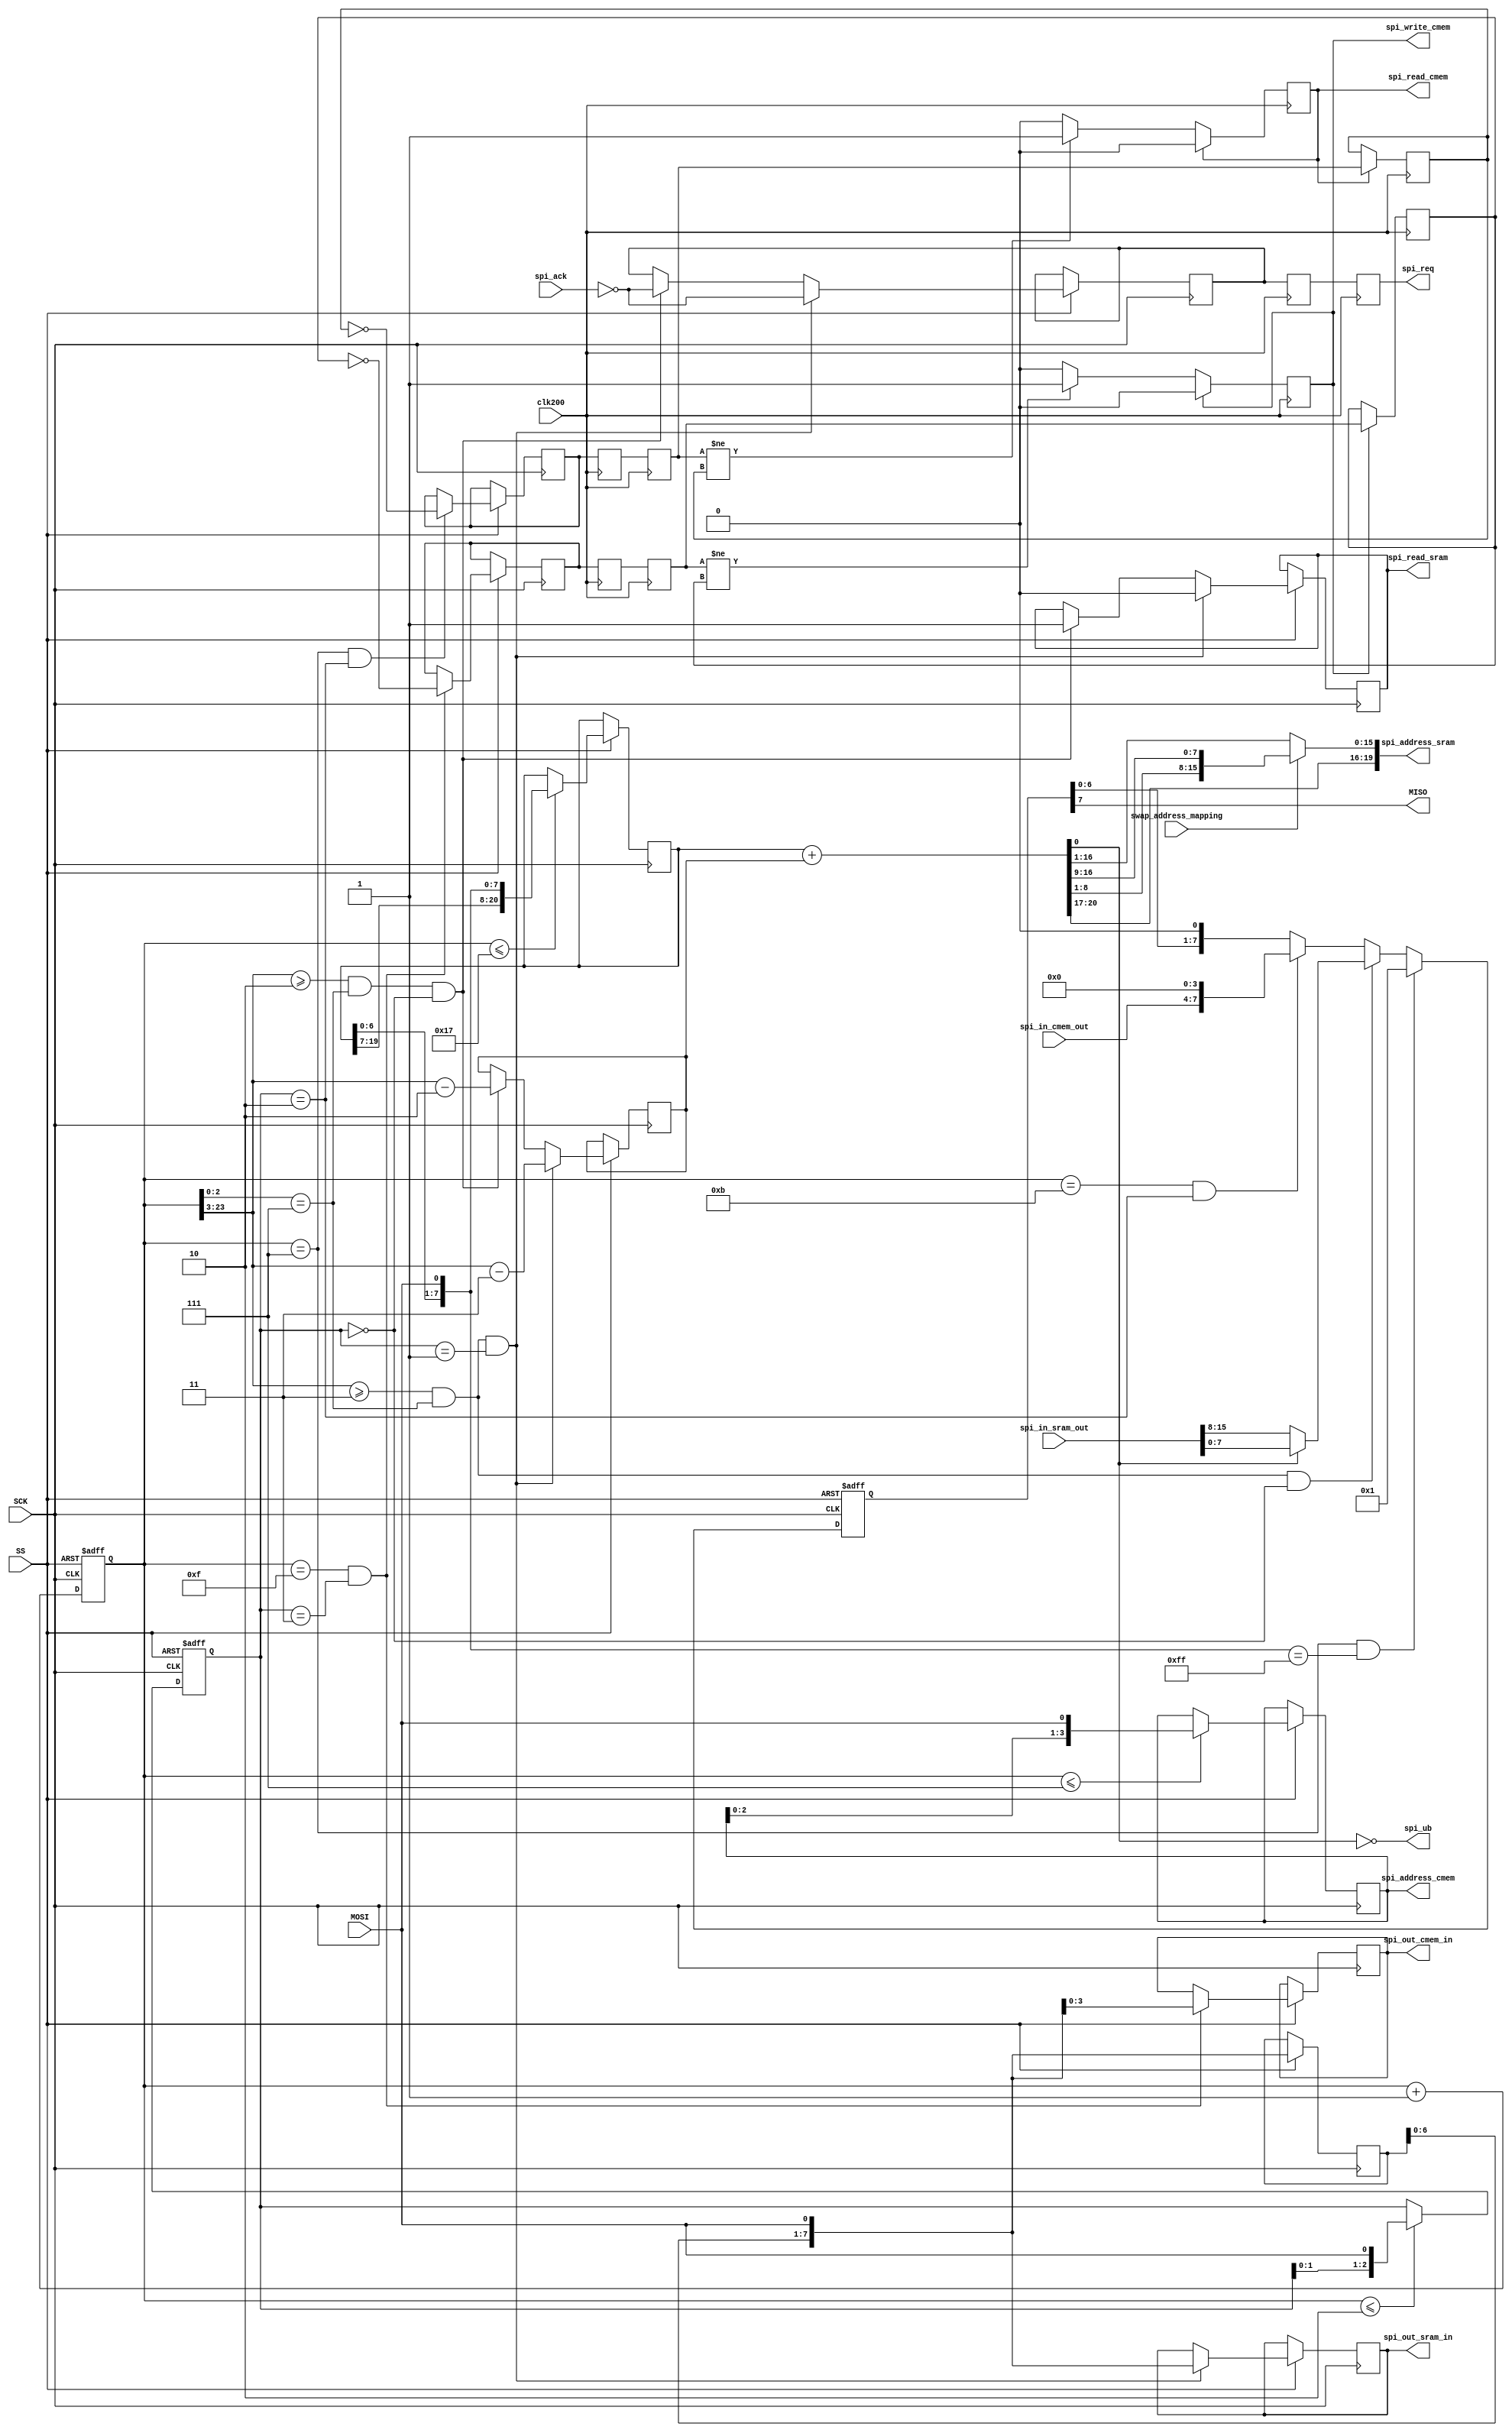
module spi_controller(
    input               clk200,

    input               SCK,
    input               SS,
    input               MOSI,
    output              MISO,

    output reg          spi_read_cmem,
    output reg          spi_write_cmem,
    output reg  [3:0]   spi_address_cmem,
    output reg  [3:0]   spi_out_cmem_in,
    input       [3:0]   spi_in_cmem_out,

    output reg          spi_req,
    input               spi_ack,
    output reg          spi_read_sram,

    output reg  [19:0]  spi_address_sram,

    output reg          spi_ub,
    output reg  [7:0]   spi_out_sram_in,
    input       [15:0]  spi_in_sram_out,

    input               swap_address_mapping
    );

    /*
    Commands:
    READ_SRAM   000aaaaa aaaaaaaa aaaaaaaa -------- oooooooo ...
    WRITE_SRAM  001aaaaa aaaaaaaa aaaaaaaa iiiiiiii ...
    READ_CMEM   010-aaaa ----oooo
    WRITE_CMEM  011-aaaa 0000iiii
    PROTO_VER   11111111 00000001
    */

    localparam READ_SRAM  = 3'd0;
    localparam WRITE_SRAM = 3'd1;
    localparam READ_CMEM  = 3'd2;
    localparam WRITE_CMEM = 3'd3;
    localparam PROTO_VER  = 8'd255;

    reg [23:0] counter;
    wire [20:0] byte_cnt = counter[23:3];
    wire [2:0] bit_cnt = counter[2:0];

    reg [2:0] cmd;

    reg [7:0] data_shift_in;

    reg [20:0] sram_address;
    reg [20:0] sram_offset = 21'd0;

    reg read_cmem_req = 1'b0;
    reg read_cmem_ack = 1'b0;

    reg write_cmem_req = 1'b0;
    reg write_cmem_ack = 1'b0;

    reg spi_req_async = 1'b0;

    always @(posedge SCK or negedge SS)
    begin
        if (!SS)
        begin
            counter <= 24'd0;
            cmd <= 4'd0;
        end
        else
        begin
            counter <= counter + 24'd1;

            if (counter <= 24'd2)
                cmd <= {cmd[1:0], MOSI};

            if (counter <= 24'd7)
                spi_address_cmem <= {spi_address_cmem[2:0], MOSI};

            if (counter <= 24'd23)
                sram_address <= {sram_address[19:0], MOSI};

            data_shift_in <= {data_shift_in[6:0], MOSI};

            if (counter == 24'd7 && cmd == READ_CMEM)
            begin
                read_cmem_req <= !read_cmem_ack;
            end

            if (counter == 24'd15 && cmd == WRITE_CMEM)
            begin
                spi_out_cmem_in <= {data_shift_in[2:0], MOSI};
                write_cmem_req <= !write_cmem_ack;
            end

            if (byte_cnt >= 21'd2 && bit_cnt == 3'd7 && cmd == READ_SRAM)
            begin
                spi_read_sram <= 1'b1;
                spi_req_async <= !spi_ack;
                sram_offset <= byte_cnt - 21'd2;
            end

            if (byte_cnt >= 21'd3 && bit_cnt == 3'd7 && cmd == WRITE_SRAM)
            begin
                spi_out_sram_in <= {data_shift_in[6:0], MOSI};
                spi_read_sram <= 1'b0;
                spi_req_async <= !spi_ack;
                sram_offset <= byte_cnt - 21'd3;
            end
        end
    end

    wire [20:0] sram_ea = sram_address + sram_offset;

    always @(*)
    begin
        spi_address_sram <= swap_address_mapping ? {sram_ea[20:17], sram_ea[8:1], sram_ea[16:9]} : sram_ea[20:1];
        spi_ub <= !sram_ea[0];
    end

    reg [7:0] data_shift_out = 8'd0;
    assign MISO = data_shift_out[7];

    always @(posedge SCK or negedge SS)
        if (!SS)
            data_shift_out <= 8'd0;
        else
        begin
            if (counter == 24'd7 && {sram_address[6:0], MOSI} == PROTO_VER)
                data_shift_out <= 8'd1; // SPI protocol version.
            else if (byte_cnt >= 21'd3 && bit_cnt == 3'd7 && cmd == READ_SRAM)
                data_shift_out <= spi_ub ? spi_in_sram_out[15:8] : spi_in_sram_out[7:0];
            else if (counter == 24'd11 && cmd == READ_CMEM)
                data_shift_out <= {spi_in_cmem_out, 4'd0};
            else
                data_shift_out <= {data_shift_out[6:0], 1'b0};
        end

    reg read_cmem_req_sync_0 = 1'b0;
    reg read_cmem_req_sync_1 = 1'b0;
    reg write_cmem_req_sync_0 = 1'b0;
    reg write_cmem_req_sync_1 = 1'b0;

    reg spi_req_sync = 1'b0;

    always @(posedge clk200)
    begin
        spi_req_sync <= spi_req_async;
        spi_req <= spi_req_sync;

        read_cmem_req_sync_0 <= read_cmem_req;
        read_cmem_req_sync_1 <= read_cmem_req_sync_0;

        if (spi_read_cmem)
        begin
            spi_read_cmem <= 1'b0;
            read_cmem_ack <= read_cmem_req_sync_1;
        end
        else if (read_cmem_req_sync_1 != read_cmem_ack)
            spi_read_cmem <= 1'b1;

        write_cmem_req_sync_0 <= write_cmem_req;
        write_cmem_req_sync_1 <= write_cmem_req_sync_0;

        if (spi_write_cmem)
        begin
            spi_write_cmem <= 1'b0;
            write_cmem_ack <= write_cmem_req_sync_1;
        end
        else if (write_cmem_req_sync_1 != write_cmem_ack)
            spi_write_cmem <= 1'b1;
    end

endmodule